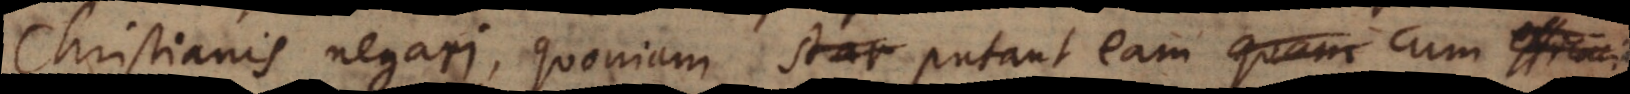
Christianis negari, quoniam putant eam quam cum efficacia